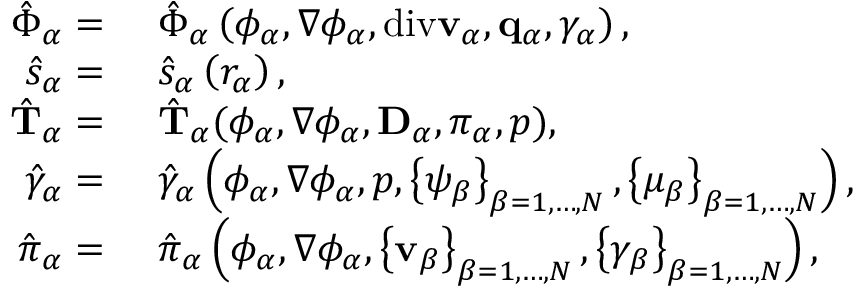
\begin{array} { r l } { \hat { \boldsymbol { \Phi } } _ { \alpha } = } & { ~ \hat { \boldsymbol { \Phi } } _ { \alpha } \left( \phi _ { \alpha } , \nabla \phi _ { \alpha } , \mathrm { d i v } \mathbf { v } _ { \alpha } , \mathbf { q } _ { \alpha } , \gamma _ { \alpha } \right) , } \\ { \hat { s } _ { \alpha } = } & { ~ \hat { s } _ { \alpha } \left( r _ { \alpha } \right) , } \\ { \hat { \mathbf { T } } _ { \alpha } = } & { ~ \hat { \mathbf { T } } _ { \alpha } ( \phi _ { \alpha } , \nabla \phi _ { \alpha } , \mathbf { D } _ { \alpha } , \pi _ { \alpha } , p ) , } \\ { \hat { \gamma } _ { \alpha } = } & { ~ \hat { \gamma } _ { \alpha } \left( \phi _ { \alpha } , \nabla \phi _ { \alpha } , p , \left\{ \psi _ { \beta } \right\} _ { { \beta } = 1 , \dots , N } , \left\{ \mu _ { \beta } \right\} _ { { \beta } = 1 , \dots , N } \right) , } \\ { \hat { \boldsymbol { \pi } } _ { \alpha } = } & { ~ \hat { \boldsymbol { \pi } } _ { \alpha } \left( \phi _ { \alpha } , \nabla \phi _ { \alpha } , \left\{ \mathbf { v } _ { \beta } \right\} _ { { \beta } = 1 , \dots , N } , \left\{ \gamma _ { \beta } \right\} _ { { \beta } = 1 , \dots , N } \right) , } \end{array}